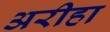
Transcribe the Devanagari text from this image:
अरीहा